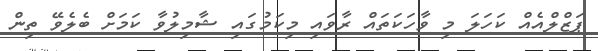
ޕަޒްލްއެއް ކަހަލަ މި ވާހަކަތައް ރާވައި މިކަމުގައި ޝާމިލުވާ ކަމަށް ބެލެވޭ ތިން